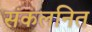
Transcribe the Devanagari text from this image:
संकलनित